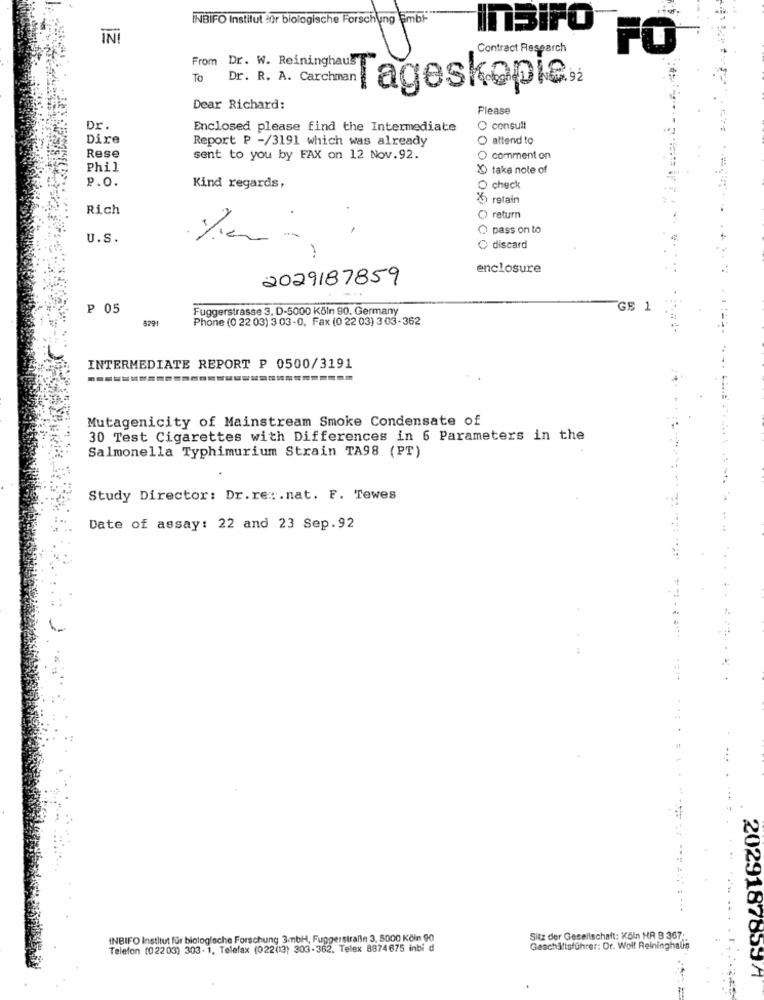
INBIFO Institut for biologische Forschung Embf-
InSIFO
İNİ
Contract Research
FO®
From Dr. W. Reininghaus
To
JP. R. A. Carchman lageskopie,
Dear Richard:
Please
Dr.
Enclosed please find the Intermediate
O consult
Dire
Report P -/3191 which was already
O attend to
Rese
sent to you by FAX on 12 Nov.92.
O comment on
Phil
X take note of
P.O.
Kind regards,
O check
25 retain
Rich
O return
pass on to
U.S.
O discard
-
enclosure
2029187859
P 05
Fuggerstrasse 3. D-5000 Köln 90. Germany
GE 1
8291
Phone (0 22 03) 3 03-0, Fax (0 22 03) 3 03-362
INTERMEDIATE REPORT P 0500/3191
Mutagenicity of Mainstream Smoke Condensate of
30 Test Cigarettes with Differences in 6 Parameters in the
Salmonella Typhimurium Strain TA98 (PT)
Study Director: Dr.rer.nat. F. Tewes
Date of assay: 22 and 23 Sep.92
INBIFO Institut für biologische Forschung 3mbH, Fuggerstraße 3. 5000 Kčin 90
Sitz der Gesellschaft: Köln HR B 367.
Telefon (02203) 303- 1, Telefax (022(13) 303-362. Telex 8874675 inbi d
Geschäftsführer: Dr. Wolf Reininghaus
2029187859A